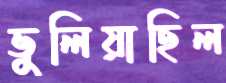
ভুলিয়াছিল